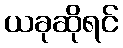
ယခုဆိုရင်